Lunatic asylums in Bengal annual reports 1888-1898 - 1888-1898
Year: 1888
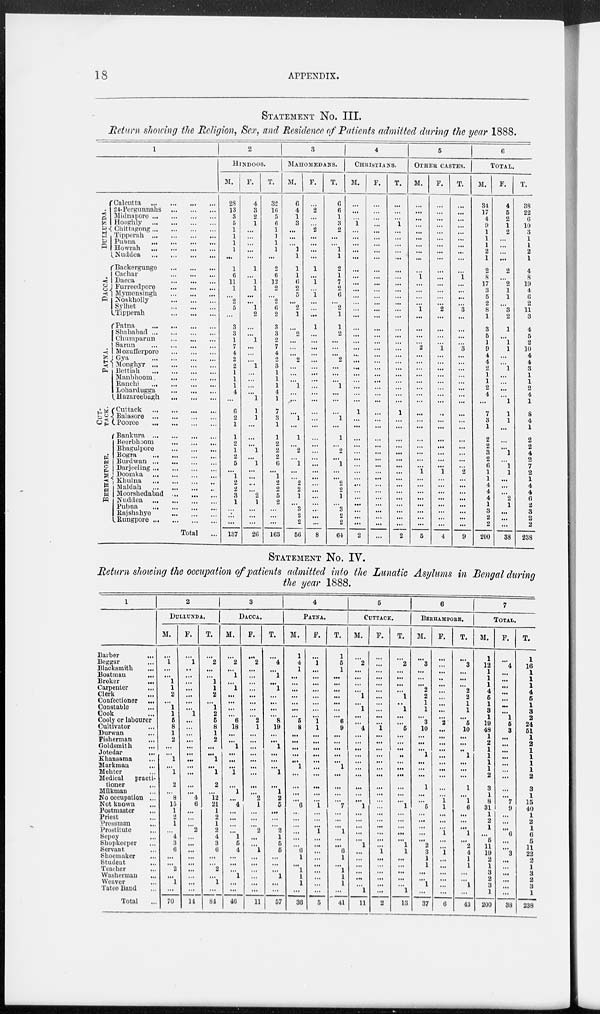
18
APPENDIX.
STATEMENT NO. III.
Return showing the Religion, Sex, and Residence of Patients admitted during the year 1888.
1
DULLUNDA.
DACCA.
PATNA.
CUT-
TACK.
BE RHAMP ORE .
Calcutta
...
...
...
...
24-Pergunnahs
...
...
...
Midnapore
...
...
...
...
Honghly
...
...
...
...
Chittagong
...
...
...
...
Tipperah
...
...
...
...
Pubna
...
...
...
...
Howrah
...
...
...
...
Nuddea
...
...
...
...
Backergungo
...
...
...
Cachar
...
...
...
Dacca
...
...
...
Furreedporo ... ... ...
Mymensingh
...
...
...
Nonkholly
...
...
...
Sylhet
...
...
...
Tipperah
...
...
...
Patna
...
...
...
...
Shahabad
...
...
...
...
Chumparun
...
...
...
Sarun
...
...
...
...
Mozufferpore
...
...
...
Gya
...
...
...
...
Monghyr
...
...
...
...
Bettiah
...
...
...
...
Manbhoom
...
...
...
Ranchi
...
...
...
...
Lohardugga
...
...
...
Hazareebagh
...
...
...
Cuttack
...
...
...
...
Balasore
...
...
...
...
Pooree
...
...
...
...
Bankura
...
...
...
...
Beerbhoom
...
...
...
Bhagulpore
...
...
...
Bogra
...
...
...
...
Burdwan
...
...
...
...
Darjeeling
...
...
...
...
Doomka
...
...
...
...
Khulna
...
...
...
...
Maldah
...
...
...
...
Moorshedabad
...
...
...
Nuddea
...
...
...
...
Pubna
...
...
...
...
Rajshahye
...
...
...
Rungpore
...
...
...
...
Total ...
2
HINDOOS.
M.
28
13
3
5
1
1
1
1
...
1
6
11
1
...
2
5
...
3
3
1
7
4
2
2
1
1
1
4
...
6
2
1
1
2
1
2
5
...
1
2
2
3
1
...
...
...
137
F.
4
3
2
1
...
...
...
...
...
1
...
1
1
...
...
1
2
...
...
1
...
...
...
1
...
...
...
...
1
1
1
...
...
...
1
...
1
...
...
...
...
2
1
...
...
...
26
T.
32
16
5
6
1
1
1
1
...
2
6
12
2
...
2
6
2
3
3
2
7
4
2
3
1
1
1
4
1
7
3
1
1
2
2
2
6
...
1
2
2
5
2
...
...
...
163
3
MAHOMEDANS.
M.
6
4
1
3
...
...
...
1
1
1
1
6
2
5
...
2
1
...
2
...
...
...
2
...
...
...
1
...
...
...
1
...
1
...
2
...
1
...
...
2
2
1
...
...
2
2
56
F.
...
2
...
...
2
...
...
...
...
1
...
1
...
1
...
...
...
1
...
...
...
...
...
...
...
...
...
...
...
...
...
...
...
...
...
...
...
...
...
...
...
...
...
...
...
...
8
T.
6
6
1
3
2
...
...
1
1
2
1
7
2
6
...
2
1
1
2
...
...
...
2
...
...
...
1
...
...
...
1
...
1
...
2
...
1
...
...
2
2
1
... ...
2
2
64
4
CHRISTIANS.
M.
...
...
...
1
...
...
...
...
...
...
...
...
...
...
...
...
...
...
...
...
...
...
...
...
...
...
...
...
...
1
...
...
...
...
...
...
...
...
...
...
...
...
...
...
...
...
2
F.
...
...
...
...
...
...
...
...
...
...
...
...
...
...
...
...
...
...
...
...
...
...
...
...
...
...
...
...
...
...
...
...
...
...
...
...
...
...
...
...
...
...
...
...
...
...
...
T.
...
...
...
1
...
...
...
...
...
...
...
...
...
...
...
...
...
...
...
...
...
...
...
...
...
...
...
...
...
1
...
...
...
...
...
...
...
...
...
...
...
...
...
...
...
...
2
5
OTHER CASTES.
M.
...
...
...
...
...
...
...
...
...
...
1
...
...
...
...
1
...
...
...
...
2
...
...
...
...
...
...
...
...
...
...
...
...
...
...
...
...
1
...
...
...
...
...
...
...
...
5
F.
...
...
...
...
...
...
...
...
...
...
...
...
...
...
...
2
...
...
...
...
1
...
...
...
...
...
...
...
...
...
...
...
...
...
...
...
...
1
...
...
...
...
...
...
...
...
4
T.
...
...
...
...
...
...
...
...
...
...
1
...
...
...
...
3
...
...
...
...
3
...
...
...
...
...
...
...
...
...
...
...
...
...
...
...
...
2
...
...
...
...
...
...
...
...
9
6
TOTAL.
M.
34
17
4
9 1
1
1
2
1
2
8
17
3
5
2
8
1
3
5
1
9
4
4
2
1
1
2
4
...
7
3
1
2
2
3
2
6
1
1
4
4
4
1
3
2
2
200
F.
4
5
2
1
2
...
...
...
...
2
...
2
1
1
...
3
2
1
...
1
1
...
...
1
...
...
...
...
1
1
1
...
...
...
1
...
1
1
...
...
...
2
1
...
...
...
38
T.
38
22
6
10
3
1
1
2
1
4
8
19
4
6
2
11
3
4
5
2
10
4
4
3
1
1
2
4
1
8
4
1
2
2
4
2
7
2
1
4
4
6
2
3
2
2
238
STATEMENT NO. IV.
Return showing the occupation of patients admitted into the Lunatic Asylums in Bengal during
the year 1888.
1
Barber
...
Beggar ...
Blacksmith ...
Boatman
...
Broker ...
Carpenter ...
Clerk ...
Confectioner
...
Constable ...
Cook ...
Cooly or labourer
Cultivator ...
Durwan ...
Fisherman
...
Goldsmith ...
Jotedar ...
Khansama ...
Markman ...
Mehter ...
Medical
practi-
tioner
Milkman ...
No occupation ...
Not known ...
Postmaster ...
Priest ...
Pressman ...
Prostitute
...
Sepoy ...
Shopkeeper ...
Servant ...
Shoemaker ...
Student ...
Teacher ...
Washerman ...
Weaver ...
Tatoo Band ...
Total ...
2
DULLUNDA.
M.
...
1
...
...
...
...
2
...
1
1
5
8
1
2
...
...
1
...
1
2
...
8
15
1
2
1
...
4
3
6
...
...
2
...
1
...
70
F.
...
1
..
...
...
...
...
...
...
1
...
...
...
...
...
...
...
...
...
...
...
4
6
...
...
...
2
...
...
...
...
...
...
...
...
...
14
T.
...
2
...
...
1
1
2
...
1
2
5
8
1
2
...
...
1
...
1
2
...
12
21
1
2
1
2
4
3
6
...
...
2
...
1
...
84
3
DACCA.
M.
...
2
...
1
...
1
...
...
...
...
6
18
...
...
1
...
...
...
1
...
1
...
4
...
...
...
...
1
5
4
...
...
...
1
...
...
46
F.
...
2
...
...
...
...
...
...
...
...
2
1
...
...
...
...
...
...
...
...
...
2
1
...
...
...
2
...
...
1
...
...
...
...
...
...
11
T.
...
4
...
1
...
1
...
...
...
...
8
19
...
...
1
...
...
...
1
...
1
2
5
...
...
...
2
1
5
5
...
...
...
1
...
...
57
4
PATNA.
M.
1
4
1
...
...
...
...
...
...
...
5
8
...
...
...
...
...
1
...
...
...
...
6
...
...
...
...
...
...
6
1
...
1
1
1
...
36
F.
...
1
...
...
...
...
...
...
...
...
1
1
...
...
...
...
...
...
...
...
...
...
1
...
...
...
1
...
...
...
...
...
...
...
...
...
5
T.
1
5
1
...
...
...
...
...
...
...
6
9
...
...
...
...
...
1
...
...
...
...
7
...
...
...
1
...
...
6
1
...
1
1
1
...
41
5
CUTTACK.
M.
...
2
...
...
...
...
1
...
1
...
...
4
...
...
...
...
...
...
...
...
...
...
1
...
...
...
...
...
1
...
...
...
...
...
...
1
11
F.
...
...
...
...
...
...
...
...
...
...
...
1
...
...
...
...
...
...
...
...
...
...
...
...
...
...
...
...
...
1
...
...
...
...
...
2
T.
...
2
...
...
...
...
1
..
1
...
...
5
...
...
...
..
...
...
...
...
...
1
...
...
...
...
...
1
1
...
...
...
...
...
1
13
6
BERHAMPORE.
M.
...
3
...
...
...
2
2
1
1
...
3
10
...
...
...
1
...
...
...
1
...
...
5
...
...
...
...
...
2
3
1
1
...
...
1
...
37
F.
...
...
...
...
...
...
...
...
...
...
2
...
...
...
...
...
...
...
...
...
1
1
...
...
...
1
...
...
1
...
...
...
...
...
...
6
T.
...
3
...
...
...
2
2
1
1
...
5
10
...
...
...
1
...
...
...
1
...
1
6
...
...
...
1
...
2
4
1
1
...
...
1
...
43
7
TOTAL.
M.
1
12
1
1
1
4
5
1
3
1
19
48
1
2
1
1
1
1
2
3
1
8
31
1
2
1
...
5
11
19
2
1
3
2
3
1
200
F.
...
4
...
...
...
...
...
...
...
1
5
3
...
...
...
...
...
...
...
...
...
7
9
...
...
...
6
...
...
3
...
...
...
...
...
...
38
T.
1
16
1
1
1
4
5
1
3
2
24
51
1
2
1
1
...
1
2
3
1
15
40
1
2
1
6
5
11
22
2
1
3
2
3
1
238